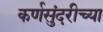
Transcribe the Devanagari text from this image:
कर्णसुंदरीच्या